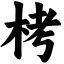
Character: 栲